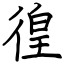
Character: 徨